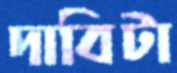
দাবিটা